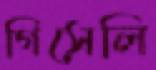
গিসেলি